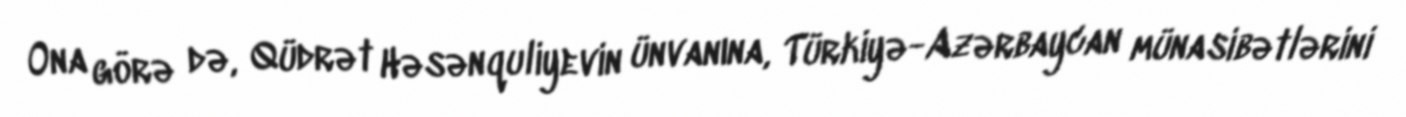
Ona görə də, Qüdrət Həsənquliyevin ünvanına, Türkiyə-Azərbaycan münasibətlərini